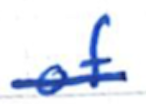
Text: of
Cross-out: single-line
Writing tool: ballpoint